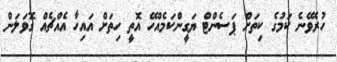
ހުރެވޭނެ ކަމުގެ ކިތަށް ޕަސެންޓް ޔަގީންކަމެއްހޭ އޮތީ ހިތަށް އައިހާ އެއްޗެއް ގޮވަލަން